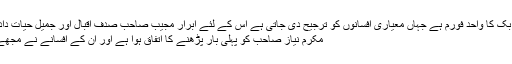
افسانہ فورم فیس بک کا واحد فورم ہے جہاں معیاری افسانوں کو ترجیح دی جاتی ہے اس کے لئے ابرار مجیب صاحب صدف اقبال اور جمیل حیات داد کے مستحق ہیں
مکرم نیاز صاحب کو پہلی بار پڑھنے کا اتفاق ہوا ہے اور ان کے افسانے نے مجھے چونکا دیا ہے ۔